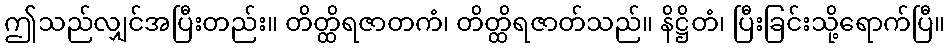
ဤသည်လျှင်အပြီးတည်း။ တိတ္ထိရဇာတကံ၊ တိတ္ထိရဇာတ်သည်။ နိဋ္ဌိတံ၊ ပြီးခြင်းသို့ရောက်ပြီ။